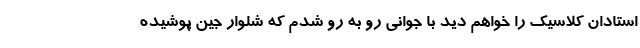
استادان کلاسیک را خواهم دید با جوانی رو به رو شدم که شلوار جین پوشیده